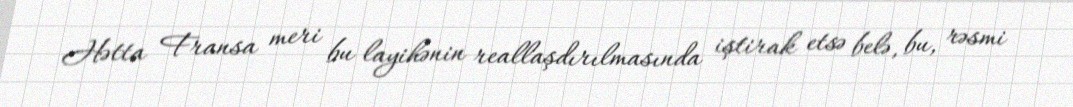
Hətta Fransa meri bu layihənin reallaşdırılmasında iştirak etsə belə, bu, rəsmi